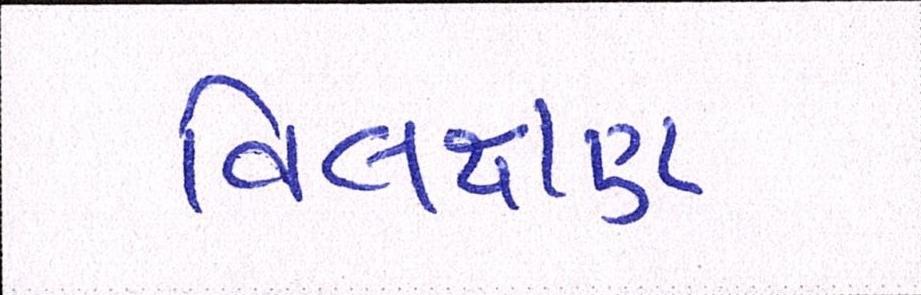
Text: વિલક્ષણ